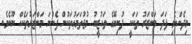
މިދެންނެވި ފަދަ މަންޒަރު ތަކަކީ ދުނިޔޭގެ ތަހުޒީބު މުޖުތަމަޢުތަކުން ފެންނަ މަންޒަރުތަކެއް ނޫނެވެ.